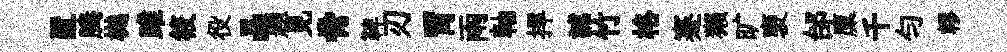
置腾樾雎筱役晶題見脅鞞刃胃雨軸捍謔竹格蹇獺旷褏邰廩千勻轇